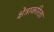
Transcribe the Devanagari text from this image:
क्षेत्राकरिता